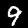
Label: 9